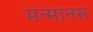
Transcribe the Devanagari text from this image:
मन्मानस